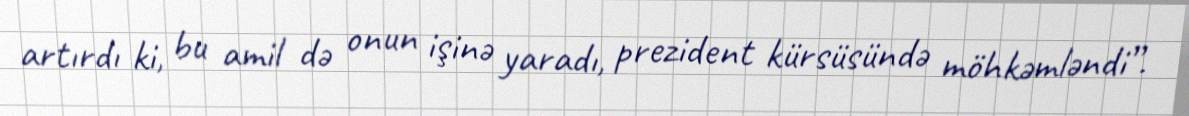
artırdı ki, bu amil də onun işinə yaradı, prezident kürsüsündə möhkəmləndi”.